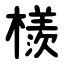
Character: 檨